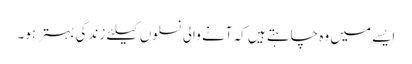
ایسے میں وہ چاہتے ہیں کہ آنے والی نسلوں کیلئے زندگی بہتر ہو۔